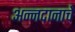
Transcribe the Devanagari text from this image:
अन्नदानाचे